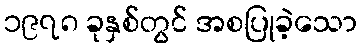
၁၉၇၈ ခုနှစ်တွင် အစပြုခဲ့သော